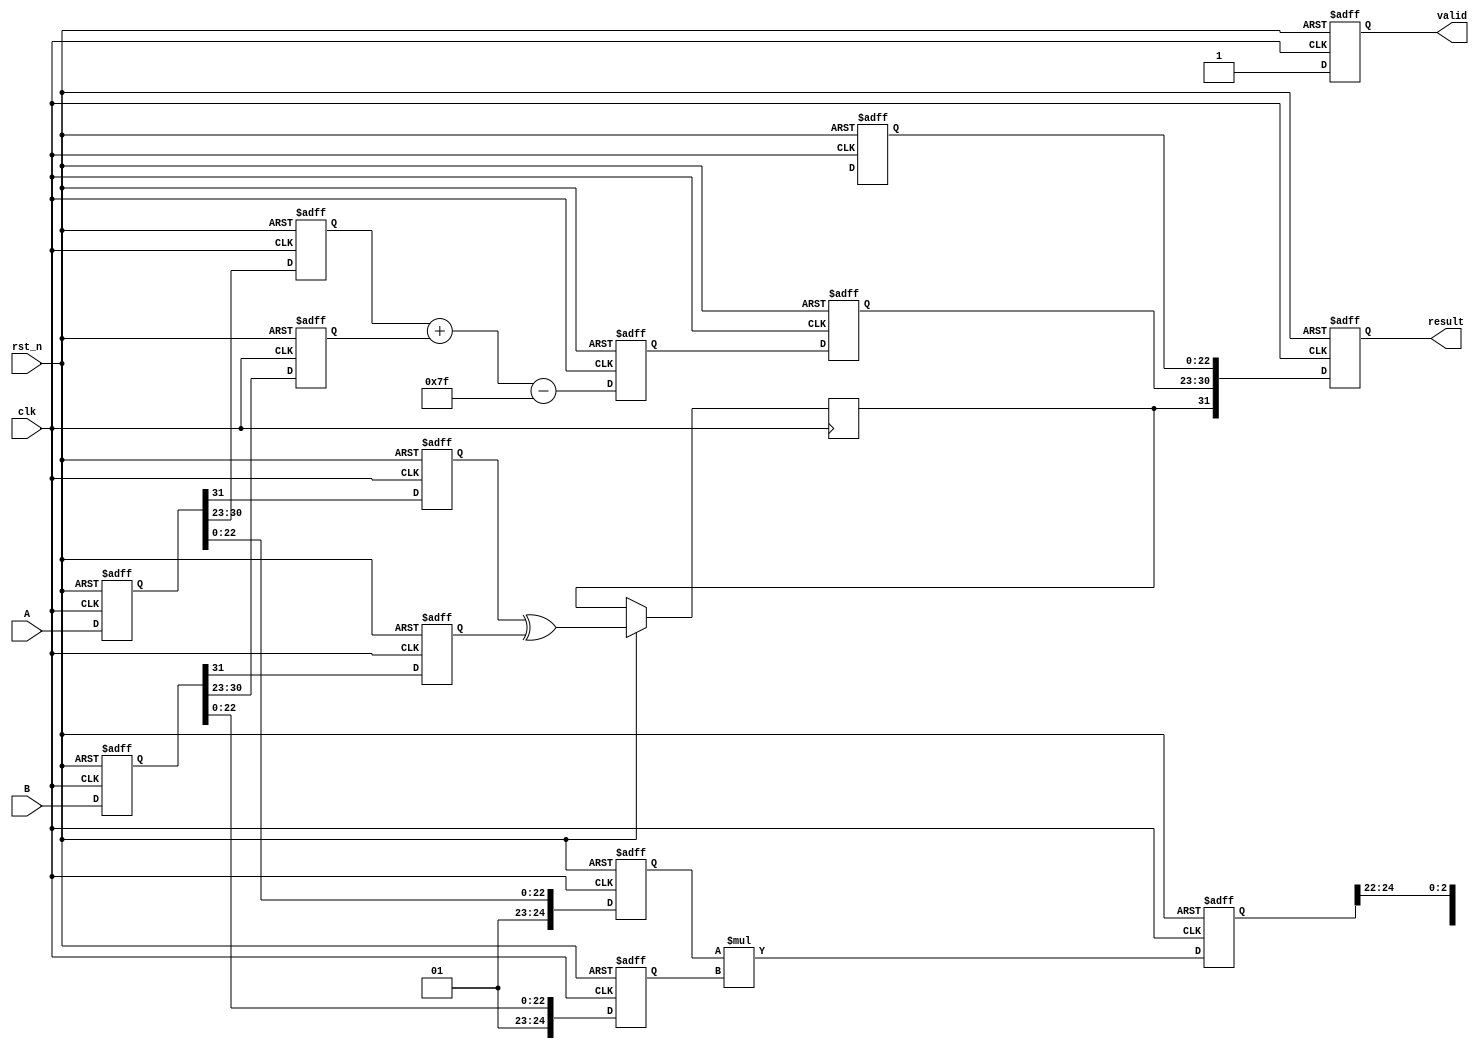
module pipelined_fp_multiplier (
    input clk,
    input rst_n,
    input [31:0] A,  // Input A in IEEE 754 format
    input [31:0] B,  // Input B in IEEE 754 format
    output reg [31:0] result, // Result in IEEE 754 format
    output reg valid // Signal indicating valid output
);

    // Constants for IEEE 754
    localparam EXPONENT_BIAS = 127;
    localparam MANTISSA_WIDTH = 23;
    localparam EXPONENT_WIDTH = 8;

    // Pipeline registers
    reg [31:0] A_reg, B_reg; // Stage 1
    reg sign_a, sign_b, sign_result; // Stage 2
    reg [EXPONENT_WIDTH-1:0] exp_a, exp_b, exp_result; // Stage 2
    reg [MANTISSA_WIDTH+1:0] mant_a, mant_b, mant_result; // Stage 3
    reg [MANTISSA_WIDTH+1:0] mant_temp; // Temporary mantissa for multiplication
    reg [EXPONENT_WIDTH:0] exp_temp; // Temporary exponent for addition
    reg [MANTISSA_WIDTH:0] mant_normalized; // Normalized mantissa
    reg [EXPONENT_WIDTH:0] exp_final; // Final exponent after normalization

    // Stage 1: Input Register
    always @(posedge clk or negedge rst_n) begin
        if (!rst_n) begin
            A_reg <= 32'b0;
            B_reg <= 32'b0;
        end else begin
            A_reg <= A;
            B_reg <= B;
        end
    end

    // Stage 2: Decomposition
    always @(posedge clk or negedge rst_n) begin
        if (!rst_n) begin
            sign_a <= 1'b0;
            sign_b <= 1'b0;
            exp_a <= 8'b0;
            exp_b <= 8'b0;
            mant_a <= 24'b0;
            mant_b <= 24'b0;
        end else begin
            sign_a <= A_reg[31];
            sign_b <= B_reg[31];
            exp_a <= A_reg[30:23];
            exp_b <= B_reg[30:23];
            mant_a <= {1'b1, A_reg[22:0]}; // Implicit leading 1 for normalized numbers
            mant_b <= {1'b1, B_reg[22:0]}; // Implicit leading 1 for normalized numbers
        end
    end

    // Stage 3: Mantissa Multiplication
    always @(posedge clk or negedge rst_n) begin
        if (!rst_n) begin
            mant_temp <= 24'b0;
        end else begin
            mant_temp <= mant_a * mant_b; // Multiply mantissas
        end
    end

    // Stage 4: Exponent Calculation
    always @(posedge clk or negedge rst_n) begin
        if (!rst_n) begin
            exp_temp <= 8'b0;
        end else begin
            exp_temp <= exp_a + exp_b - EXPONENT_BIAS; // Exponent addition
        end
    end

    // Stage 5: Normalization
    always @(posedge clk or negedge rst_n) begin
        if (!rst_n) begin
            mant_normalized <= 24'b0;
            exp_final <= 8'b0;
        end else begin
            if (mant_temp[47]) begin // Check if mantissa needs normalization
                mant_normalized <= mant_temp[46:23]; // Shift right
                exp_final <= exp_temp + 1; // Adjust exponent
            end else begin
                mant_normalized <= mant_temp[45:22]; // No shift
                exp_final <= exp_temp; // No adjustment
            end
        end
    end

    // Stage 6: Output Register
    always @(posedge clk or negedge rst_n) begin
        if (!rst_n) begin
            result <= 32'b0;
            valid <= 1'b0;
        end else begin
            sign_result <= sign_a ^ sign_b; // XOR for sign
            result <= {sign_result, exp_final[7:0], mant_normalized[MANTISSA_WIDTH-1:0]};
            valid <= 1'b1; // Indicate result is valid
        end
    end

endmodule